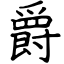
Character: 爵